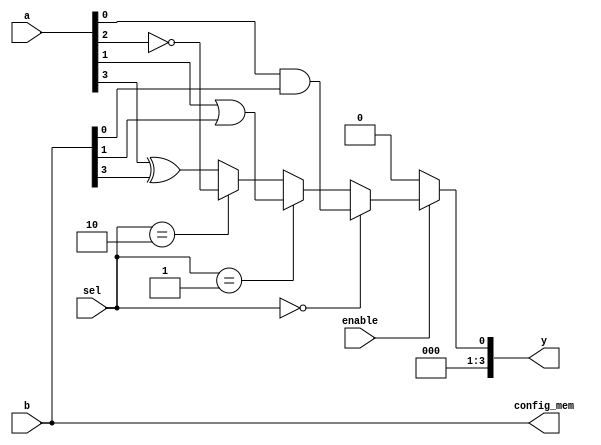
module combinational_logic_block (
    input wire [3:0] a,         // 4-bit input signal A
    input wire [3:0] b,         // 4-bit input signal B
    input wire [1:0] sel,       // 2-bit selector for multiplexer
    input wire enable,          // Enable signal
    output wire [3:0] y,        // 4-bit output signal Y
    output wire [3:0] config_mem // Configuration memory output for demonstration
);

// Internal signals for logic gates
wire and_out;
wire or_out;
wire not_out;
wire xor_out;
wire mux_out;

// Logic Gates
assign and_out = a[0] & b[0]; // AND gate
assign or_out  = a[1] | b[1]; // OR gate
assign not_out = ~a[2];        // NOT gate
assign xor_out = a[3] ^ b[3]; // XOR gate

// Multiplexer to select one of the logic gate outputs
assign mux_out = (sel == 2'b00) ? and_out :
                 (sel == 2'b01) ? or_out :
                 (sel == 2'b10) ? not_out :
                 xor_out; // Default to XOR

// Configuration memory (for demonstration, just passing the inputs)
assign config_mem = {a[3:0], b[3:0]};

// Output signal, driven by the multiplexer when enabled
assign y = enable ? mux_out : 4'b0000; // If not enabled, output is 0

endmodule